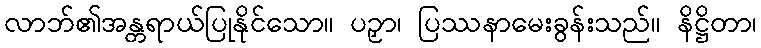
လာဘ်၏အန္တရာယ်ပြုနိုင်သော။ ပဉှာ၊ ပြဿနာမေးခွန်းသည်။ နိဋ္ဌိတာ၊